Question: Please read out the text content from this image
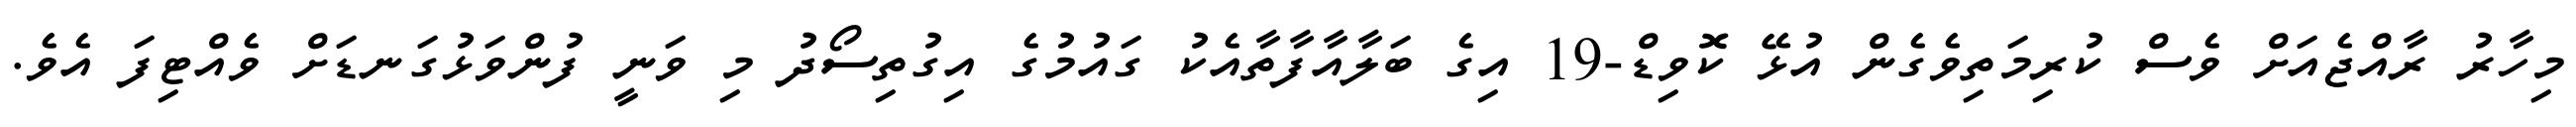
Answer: މިހާރު ރާއްޖެއަށް ވެސް ކުރިމަތިވެގެން އުޅޭ ކޮވިޑް-19 އިގެ ބަލާއާފާތާއެކު ގައުމުގެ އިގުތިސޯދު މި ވަނީ ފުންވަޅުގަނޑަށް ވެއްޓިފަ އެވެ.